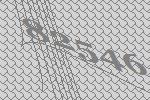
82546